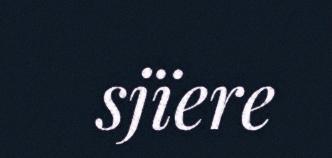
sjïere